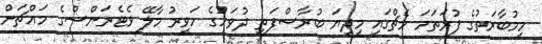
މިމުބާރަތުގެ ފުރަތަމަ މެޗްގައި މިދިޔަ ބުރާސްފަތި ދުވަހުގެ ހަވީރު މާލޭ ވެޓެރަންސްގެ މައްޗަށް